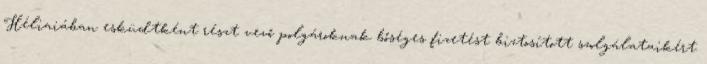
Héliaiában esküdtként részt vevő polgároknak bőséges fizetést biztosított szolgálataikért